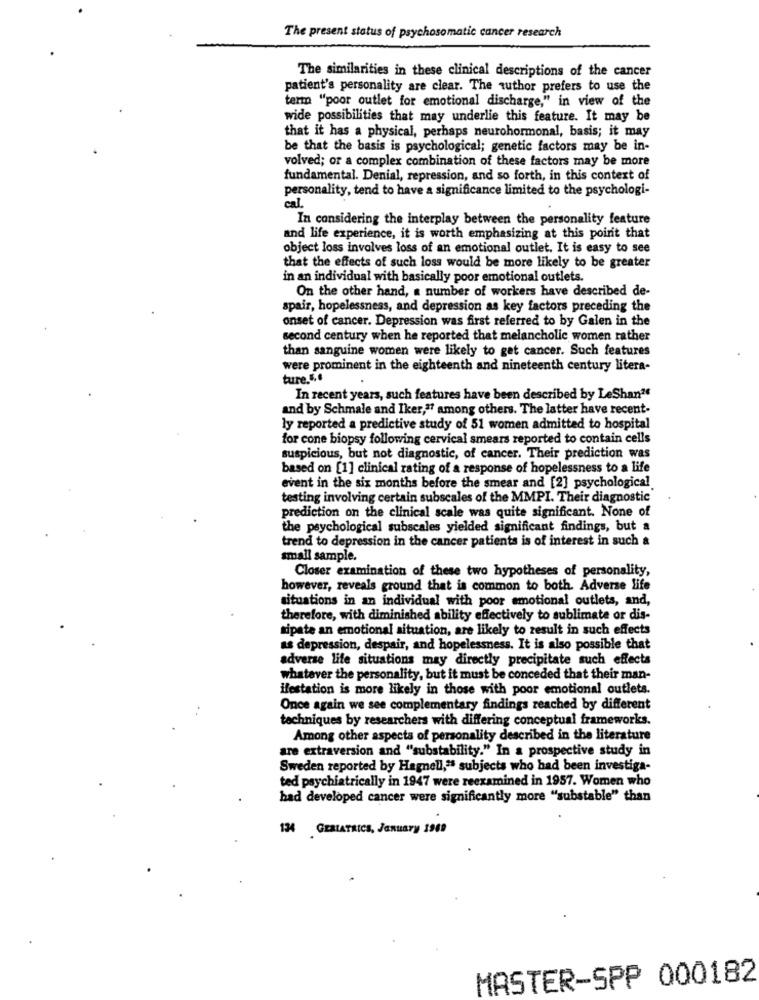
The present status of psychosomatic cancer research
The similarities in these clinical descriptions of the cancer
patient's personality are clear. The author prefers to use the
term "poor outlet for emotional discharge," in view of the
wide possibilities that may underlie this feature. It may be
that it has a physical, perhaps neurohormonal, basis; it may
be that the basis is psychological; genetic factors may be in-
volved; or a complex combination of these factors may be more
fundamental. Denial, repression, and so forth, in this context of
personality, tend to have a significance limited to the psychologi-
cal.
In considering the interplay between the personality feature
and life experience, it is worth emphasizing at this point that
object loss involves loss of an emotional outlet. It is easy to see
that the effects of such loss would be more likely to be greater
in an individual with basically poor emotional outlets.
On the other hand, a number of workers have described de-
spair, hopelessness, and depression as key factors preceding the
onset of cancer. Depression was first referred to by Galen in the
second century when he reported that melancholic women rather
than sanguine women were likely to get cancer. Such features
were prominent in the eighteenth and nineteenth century litera-
ture.5.º
In recent years, such features have been described by LeShan?
and by Schmale and Iker," among others. The latter have recent-
ly reported a predictive study of 51 women admitted to hospital
for cone biopsy following cervical smears reported to contain cells
suspicious, but not diagnostic, of cancer. Their prediction was
based on [1] clinical rating of a response of hopelessness to a life
event in the six months before the smear and [2] psychological
testing involving certain subscales of the MMPI. Their diagnostic
prediction on the clinical scale was quite significant. None of
the psychological subscales yielded significant findings, but a
trend to depression in the cancer patients is of interest in such &
small sample.
Closer examination of these two hypotheses of personality,
however, reveals ground that is common to both. Adverse life
situations in an individual with poor emotional outlets, and,
therefore, with diminished ability effectively to sublimate or dis-
tipate an emotional situation, are likely to result in such effects
as depression, despair, and hopelessness. It is also possible that
adverse life situations may directly precipitate such effects
whatever the personality, but it must be conceded that their man-
ifestation is more likely in those with poor emotional outlets.
Once again we see complementary findings reached by different
techniques by researchers with differing conceptual frameworks.
Among other aspects of personality described in the literature
are extraversion and "substability." In a prospective study in
Sweden reported by Hagnell," subjects who had been investiga-
ted psychiatrically in 1947 were reexamined in 1957. Women who
had developed cancer were significantly more "substable" than
124 GERIATRICS, January 1989
MASTER-SPP 000182